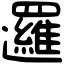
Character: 邏